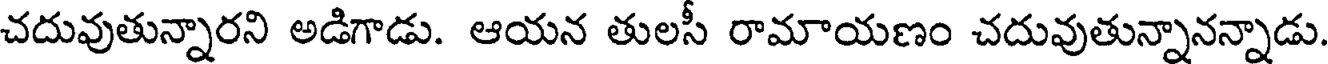
చదువుతున్నారని అడిగాడు. ఆయన తులసీ రామాయణం చదువుతున్నానన్నాడు